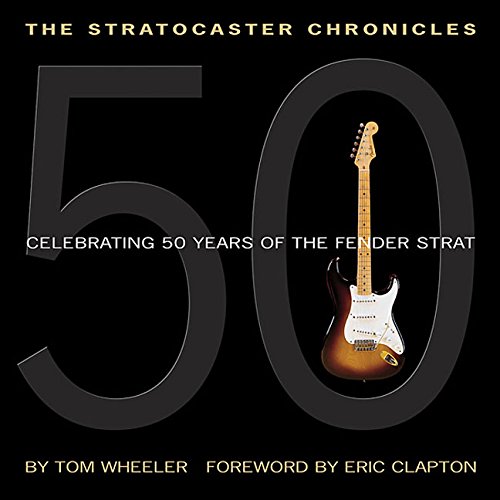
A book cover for The Stratocaster Chronicles: Celebrating 50 Years of the Fender Strat; Tom Wheeler; Reference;